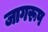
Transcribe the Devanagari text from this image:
जागरूप